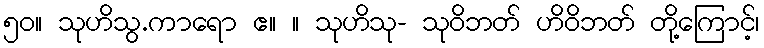
၅၀။ သုဟိသွ.ကာရော ဧ။ ။ သုဟိသု- သုဝိဘတ် ဟိဝိဘတ် တို့ကြောင့်၊